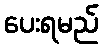
ပေးရမည်